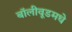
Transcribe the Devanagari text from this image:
बॉलीवूडमधे